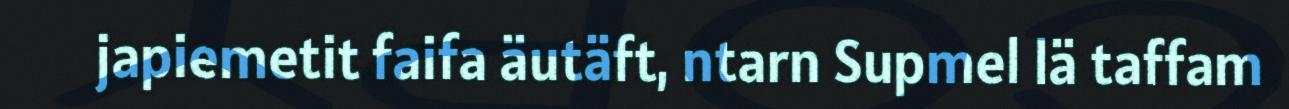
japiemetit faifa äutäft, ntarn Supmel lä taffam